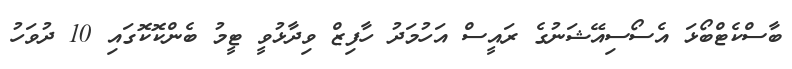
ބާސްކެޓްބޯޅަ އެސޯސިއޭޝަނުގެ ރައީސް އަހުމަދު ހާފިޒް ވިދާޅުވީ ޓީމު ބެންކޮކޮގައި 10 ދުވަހު